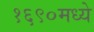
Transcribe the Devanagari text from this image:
१६९०मध्ये